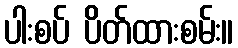
ပါးစပ် ပိတ်ထားစမ်း။